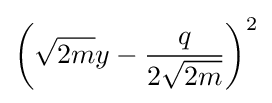
\left({\sqrt {2m}}y-{\frac {q}{2{\sqrt {2m}}}}\right)^{2}